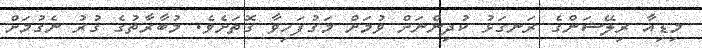
މިޑިއާ ރިލޭޝަންގެ ރަނގަޅު ކުދިންނަށް ވުމަށް މަގުފަހިވާ ގޮތަށެވެ. މުބާރާތުގެ ގުރު ނެގުމަށް